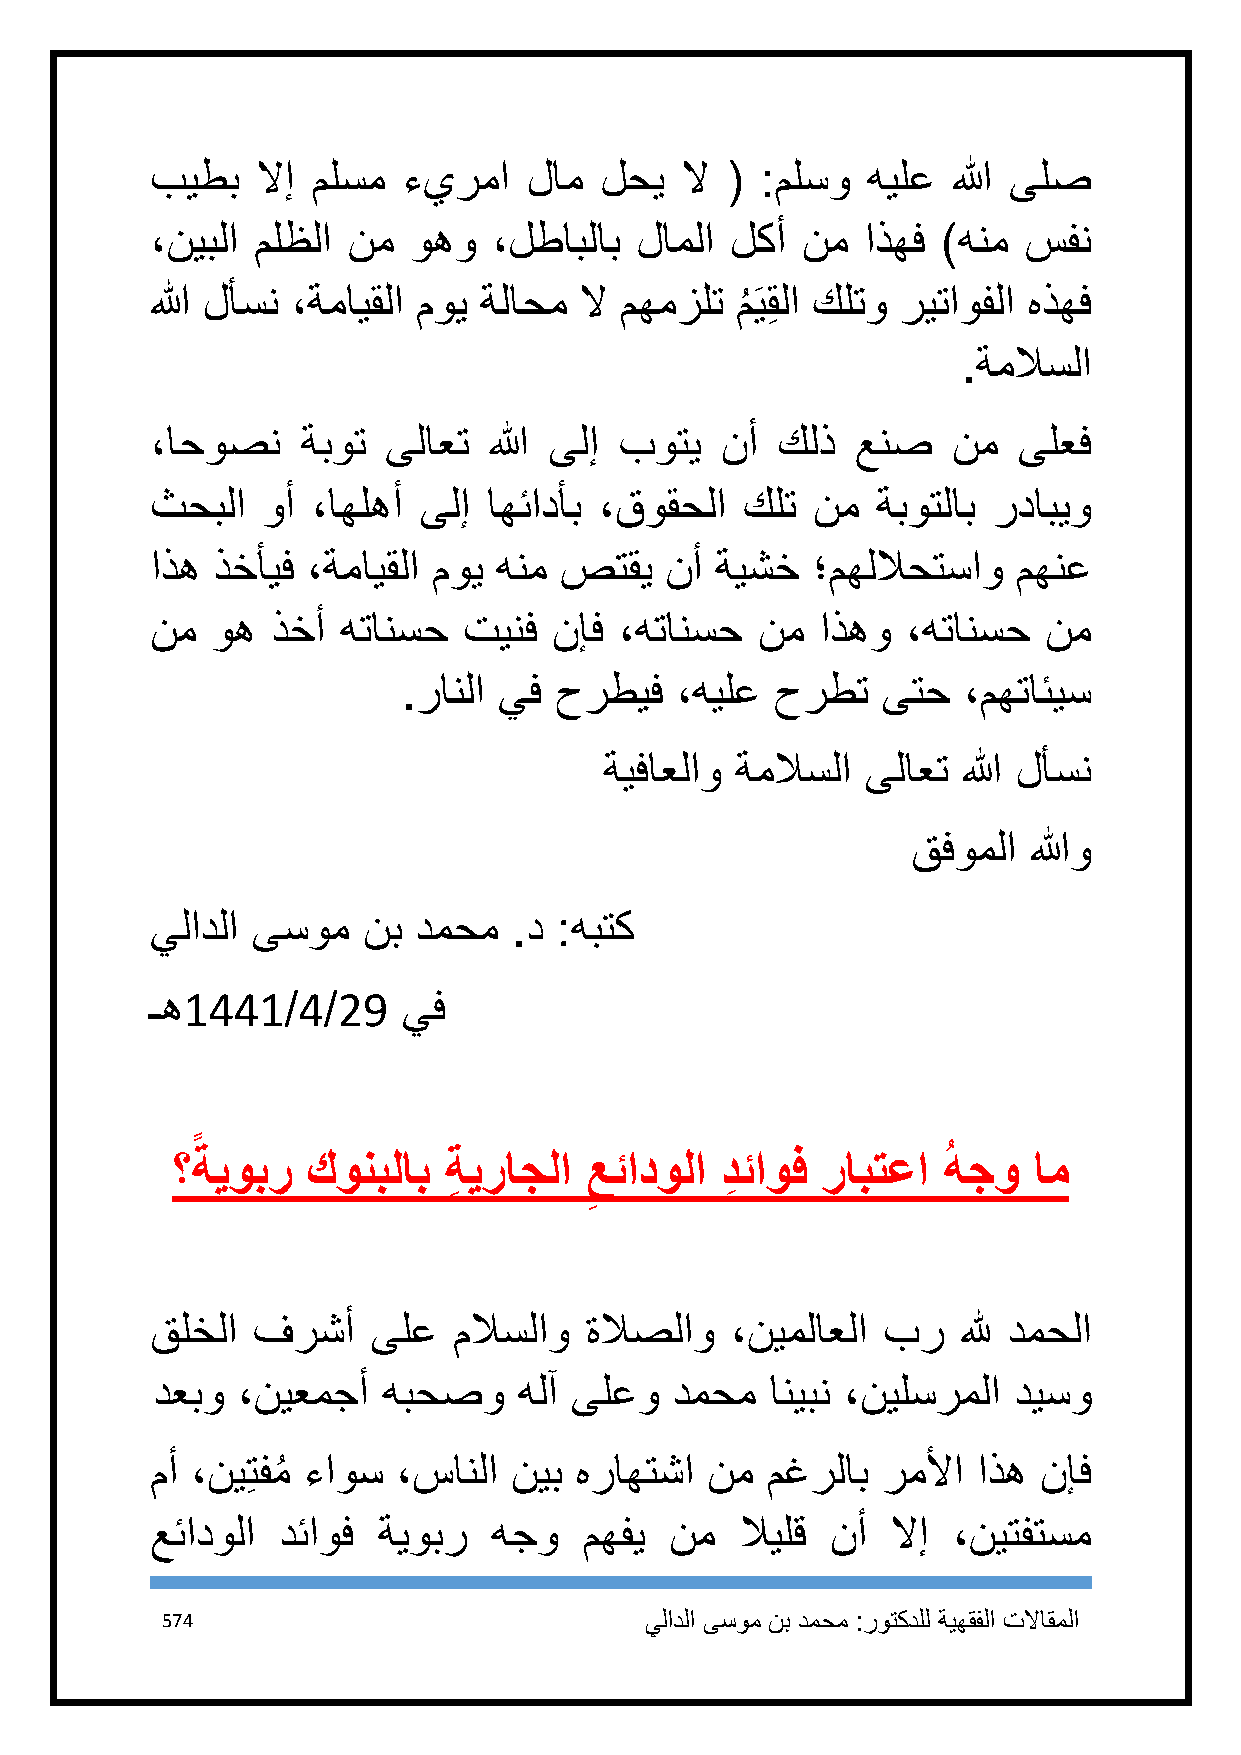
بيطب   لاإ ملسم  ءيرما   لام  لحي  لا ( :ملسو  هيلع  الله ىلص
 ،نيبلا ملظلا نم  وهو   ،لطابلاب لاملا لكأ  نم  اذهف )هنم  سفن
 الله لأسن ،ةمايقلا موي ةلاحم لا مهمزلت م
 ُ
 َيقِ لا كلتو ريتاوفلا هذهف
 .ةملاسلا
 ،احوصن    ةبوت  ىلاعت الله ىلإ بوتي   نأ كلذ   عنص   نم  ىلعف
 ثحبلا  وأ  ،اهلهأ ىلإ اهئادأب ،قوقحلا  كلت  نم  ةبوتلاب ردابيو
 اذه ذخأيف ،ةمايقلا موي هنم صتقي   نأ ةيشخ   ؛مهللاحتساو  مهنع
 نم  وه  ذخأ  هتانسح  تينف  نإف ،هتانسح  نم  اذهو  ،هتانسح  نم
 .رانلا يف حرطيف   ،هيلع حرطت   ىتح   ،مهتائيس
 ةيفاعلاو ةملاسلا ىلاعت  الله لأسن
 قفوملا  اللهو
 يلادلا ىسوم   نب دمحم   .د :هبتك
 ـه1441/4/29      يف
 ؟ةيوبر   كونبلاب  ةِ يراجلا عئادولا  دِ ئاوف ر
 ِ
 ابتعا ُ هجو ام
 ِ
 قلخلا  فرشأ    ىلع  ملاسلاو  ةلاصلاو  ،نيملاعلا بر    لله دمحلا
 دعبو  ،نيعمجأ  هبحصو    هلآ ىلعو   دمحم  انيبن ،نيلسرملا ديسو
 مأ ،نيِتفمُ ءاوس ،سانلا نيب هراهتشا  نم  مغرلاب رملأا  اذه نإف
 عئادولا دئاوف  ةيوبر   هجو   مهفي نم   لايلق نأ  لاإ ،نيتفتسم
 574                             يلادلا ىسوم نب دمحم :روتكدلل ةيهقفلا تلااقملا